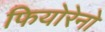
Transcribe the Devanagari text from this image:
फियोरेनो